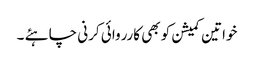
خواتین کمیشن کو بھی کارروائی کرنی چاہئے ۔